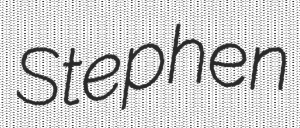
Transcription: Stephen